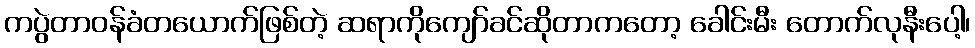
ကပွဲတာဝန်ခံတယောက်ဖြစ်တဲ့ ဆရာကိုကျော်ခင်ဆိုတာကတော့ ခေါင်းမီး တောက်လုနီးပေါ့၊